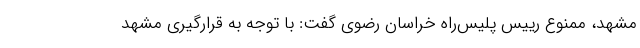
مشهد، ممنوع رییس پلیس‌راه خراسان رضوی گفت: با توجه به قرارگیری مشهد